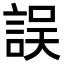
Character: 誤